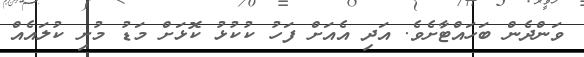
ވަންދެން ބަހައްޓާށެވެ. އަދި އެއަށް ފަހު ކުކުޅު ކޮޅަށް މަޑު މުށި ކުލައެއް